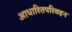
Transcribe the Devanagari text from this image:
आधारितपरिवहन